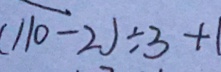
( 1 1 0 - 2 ) \div 3 + 1